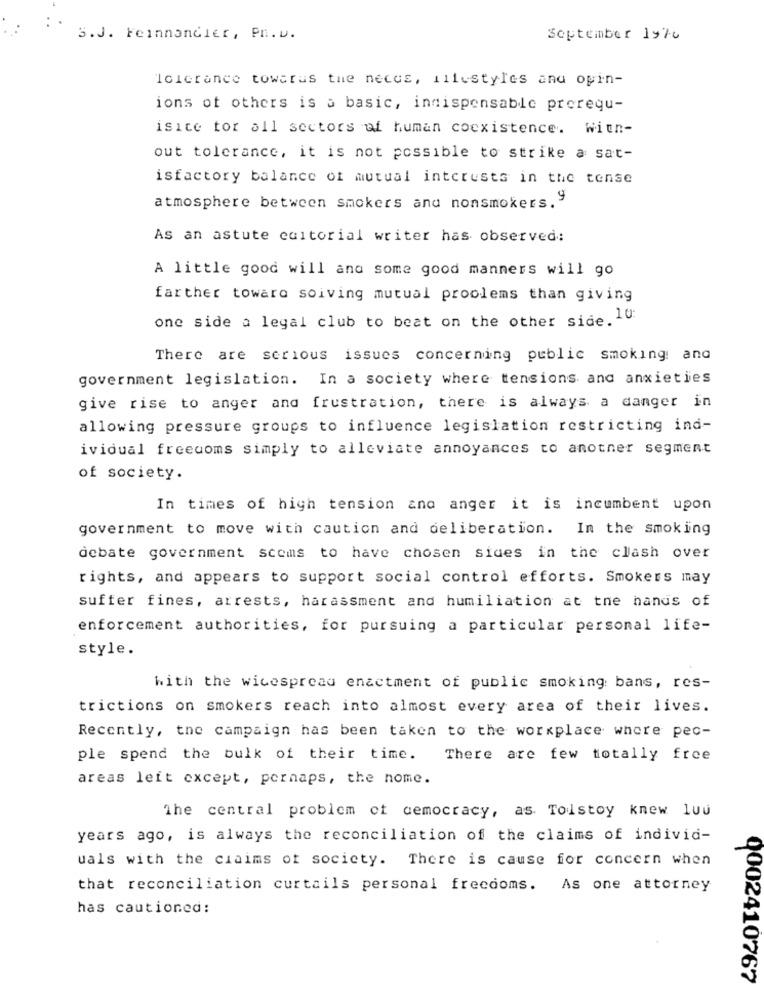
3.J. Feinnancier, Pn.v.
September 19%c
Tolerance towards the neces, lifestyles and opin-
ions of others is a basic, indispensable prorequ-
isice tor all sectors of human coexistence. With-
out tolerance, it is not possible to strike a sat-
isfactory balance of mutual interests in the tense
atmosphere between smokers and nonsmokers."
As an astute editorial writer has observed:
A little good will and some good manners will go
farther toware soiving mutual problems than giving
one side a legal club to beat on the other side. 10
There are serious issues concerning public smoking: and
government legislation. In a society where tensions and anxieties
give rise to anger and frustration, there is always a danger in
allowing pressure groups to influence legislation restricting ind-
ividual freedoms simply to alleviate annoyances to another segment
of society.
In times of high tension ano anger it is incumbent upon
government to move with caution and deliberation.
In the smoking
debate government scoms to have chosen sides in the clash over
rights, and appears to support social control efforts. Smokers may
suffer fines, arrests, harassment and humiliation at tne hands of
enforcement authorities, for pursuing a particular personal life-
style.
with the wicespread enactment of public smoking: bans, res-
trictions on smokers reach into almost every area of their lives.
Recently, the campaign has been taken to the workplace where pec-
ple spend the bulk of their time.
There are few totally free
areas left except, pornaps, the nome.
The central problem of democracy, as Tolstoy knew luu
years ago, is always the reconciliation of the claims of individ-
uals with the claims of society. There is cause for concern when
that reconciliation curtails personal freedoms.
As one attorney
has cautioned:
0002410767